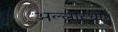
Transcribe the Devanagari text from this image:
अल्लाह्धीन